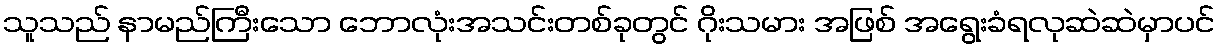
သူသည် နာမည်ကြီးသော ဘောလုံးအသင်းတစ်ခုတွင် ဂိုးသမား အဖြစ် အရွေးခံရလုဆဲဆဲမှာပင်